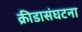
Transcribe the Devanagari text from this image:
क्रीडासंघटना